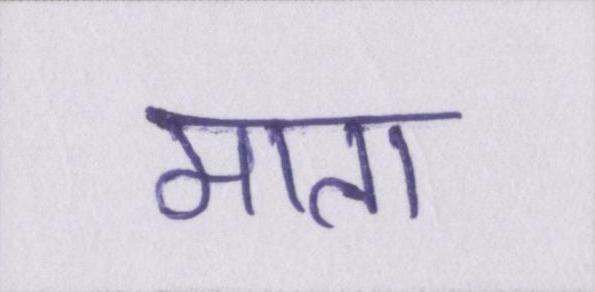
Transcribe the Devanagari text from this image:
माता